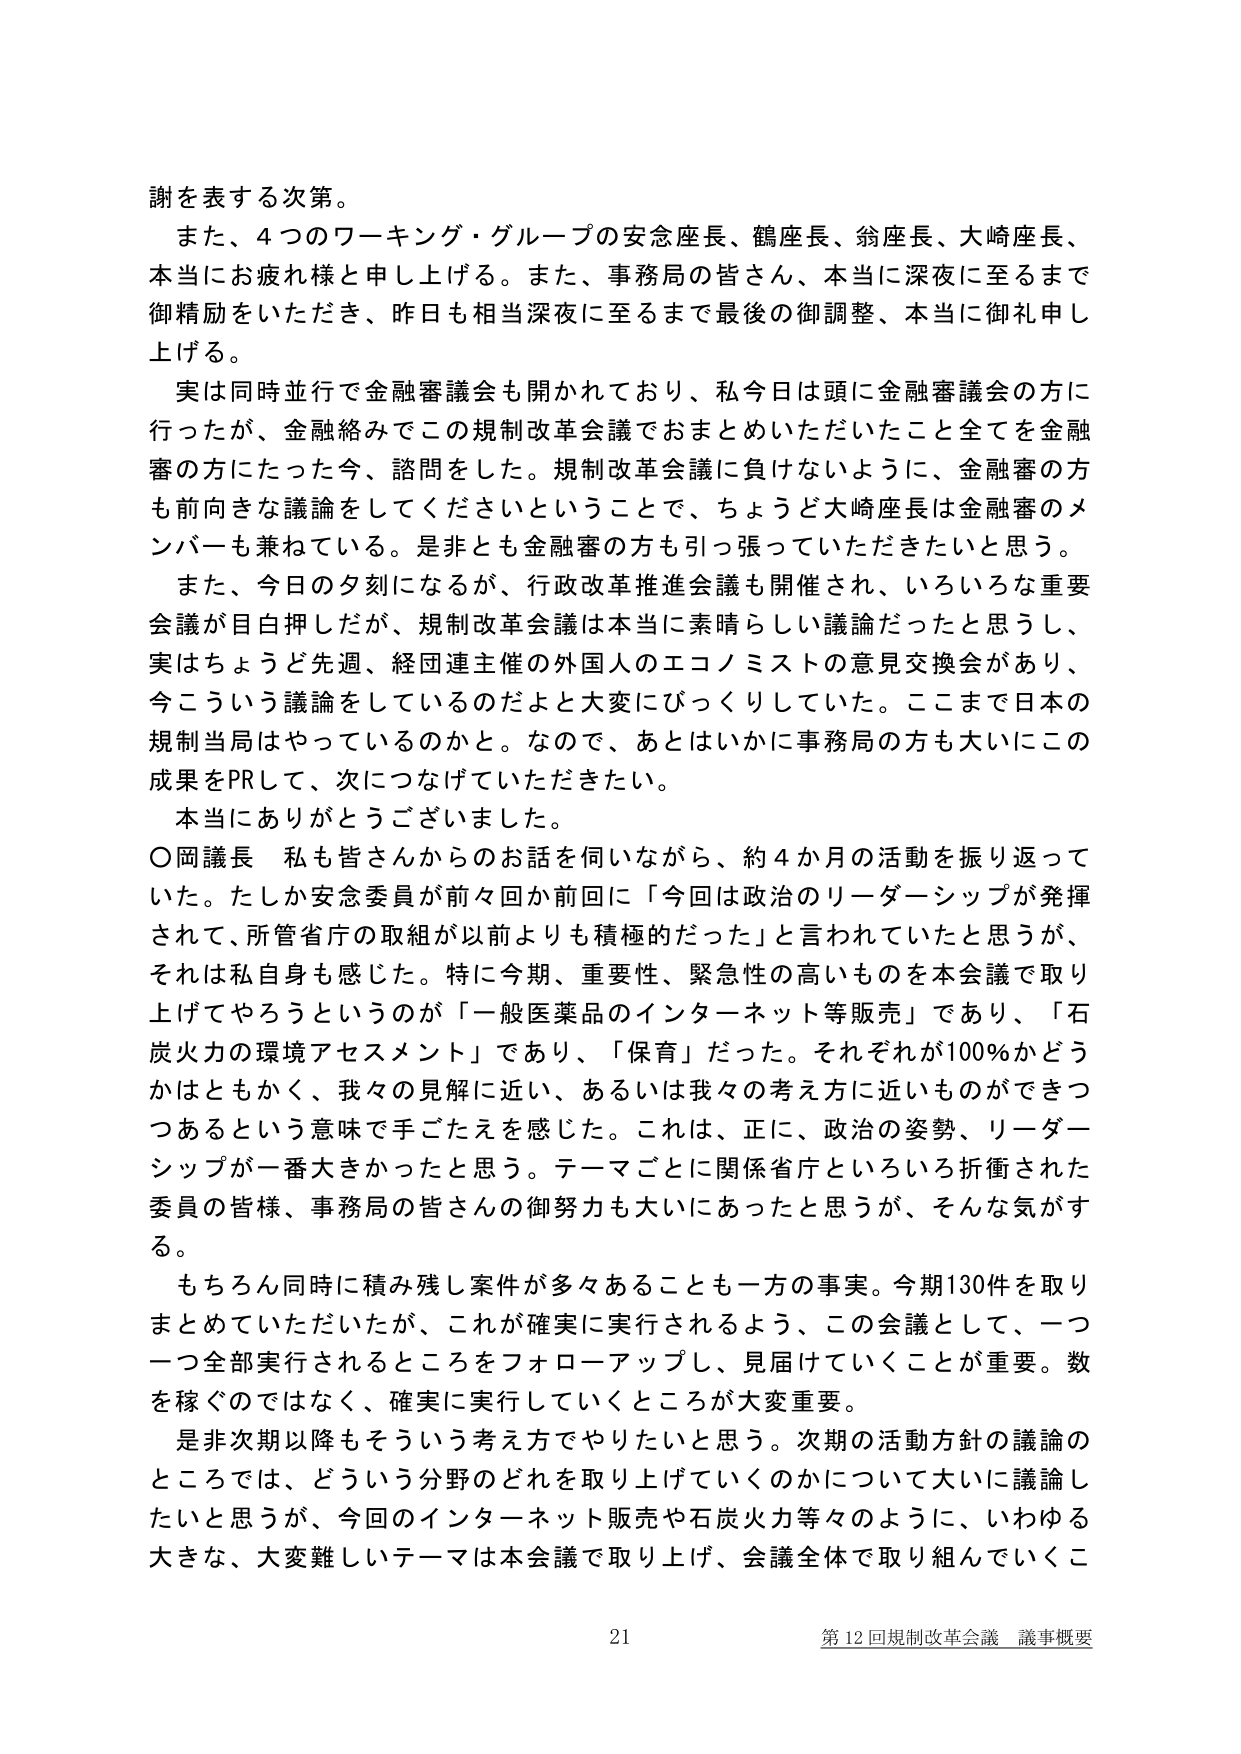
謝を表する次第。

また、4つのワーキング・グループの安念座長、鶴座長、翁座長、大崎座長、
本当にお疲れ様と申し上げる。また、事務局の皆さん、本当に深夜に至るまで
御精励をいただき、昨日も相当深夜に至るまで最後の御調整、本当に御礼申し
上げる。

実は同時並行で金融審議会も開かれており、私今日は頭に金融審議会の方に
行ったが、金融絡みでこの規制改革会議でおまとめいただいたこと全てを金融
審の方にたった今、諮問をした。規制改革会議に負けないように、金融審の方
も前向きな議論をしてくださいということで、ちょうど大崎座長は金融審のメ
ンバーも兼ねている。是非とも金融審の方も引っ張っていただきたいと思う。

また、今日の夕刻になるが、行政改革推進会議も開催され、いろいろな重要
会議が目白押しだが、規制改革会議は本当に素晴らしい議論だったと思うし、
実はちょうど先週、経団連主催の外国人のエコノミストの意見交換会があり、
今こういう議論をしているのだよと大変にびっくりしていた。ここまで日本の
規制当局はやっているのかと。なので、あとはいかに事務局の方も大いにこの
成果をPRして、次につなげていただきたい。

本当にありがとうございました。

○岡議長　私も皆さんからのお話を伺いながら、約4か月の活動を振り返って
いた。たしか安念委員が前々回か前回に「今回は政治のリーダーシップが発揮
されて、所管省庁の取組が以前よりも積極的だった」と言われていたと思うが、
それは私自身も感じた。特に今期、重要性、緊急性の高いものを本会議で取り
上げてやろうというのが「一般医薬品のインターネット等販売」であり、「石
炭火力の環境アセスメント」であり、「保育」だった。それぞれが100％かどう
かはともかく、我々の見解に近い、あるいは我々の考え方に近いものができつ
つあるという意味で手ごたえを感じた。これは、正に、政治の姿勢、リーダー
シップが一番大きかったと思う。テーマごとに関係省庁といろいろ折衝された
委員の皆様、事務局の皆さんの御努力も大いにあったと思うが、そんな気がす
る。

もちろん同時に積み残し案件が多々あることも一方の事実。今期130件を取り
まとめていただいたが、これが確実に実行されるよう、この会議として、一つ
一つ全部実行されるところをフォローアップし、見届けていくことが重要。数
を稼ぐのではなく、確実に実行していくところが大変重要。

是非次期以降もそういう考え方でやりたいと思う。次期の活動方針の議論の
ところでは、どういう分野のどれを取り上げていくのかについて大いに議論し
たいと思うが、今回のインターネット販売や石炭火力等々のように、いわゆる
大きな、大変難しいテーマは本会議で取り上げ、会議全体で取り組んでいくこ

21
第12回規制改革会議 議事概要